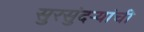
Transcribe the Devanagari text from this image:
सुरसुंदऱ्यांची